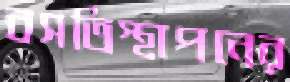
বসতিস্থাপনের